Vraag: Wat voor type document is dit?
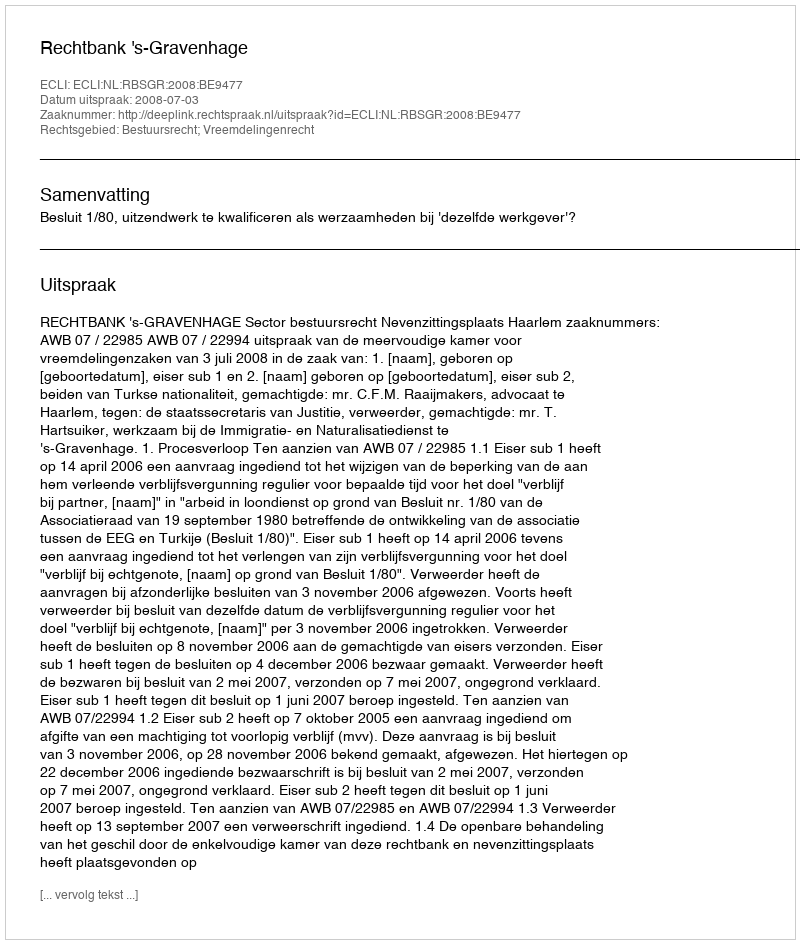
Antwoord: Uitspraak